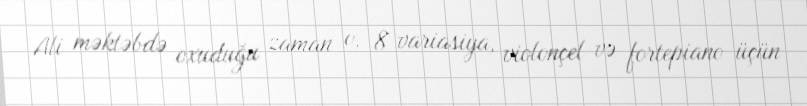
Ali məktəbdə oxuduğu zaman o, 8 variasiya, violonçel və fortepiano üçün